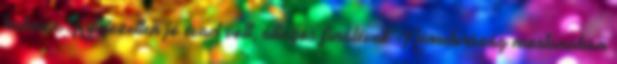
habozz Kifejezetten jó évad volt, átlagos fináléval. Németország mostanában